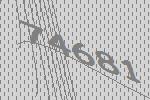
74681